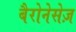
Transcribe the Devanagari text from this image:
बैरोनेसेज़